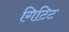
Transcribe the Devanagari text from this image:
गिटिट